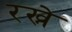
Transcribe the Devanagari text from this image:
रख्ने